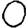
Digit: 0